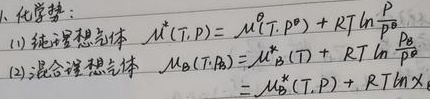
1. 化学势：
(1) 纯理想气体 \(\mu^{*}(T,p)=\mu^{\theta}(T,p^{\theta}) + RT\ln\frac{p}{p^{\theta}}\)
(2) 混合理想气体 \(\mu_{B}(T,p)=\mu_{B}^{*}(T) + RT\ln\frac{p_{B}}{p^{\theta}}\)
\(=\mu_{B}^{\theta}(T,p) + RT\ln x_{B}\)